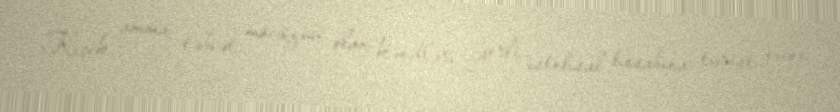
Kiçik, amma təbiət möcüzəsi olan kəndləri yerli istehsal hesabına turist axını